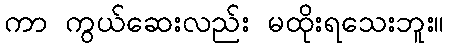
ကာ ကွယ်ဆေးလည်း မထိုးရသေးဘူး။